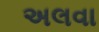
અલવા